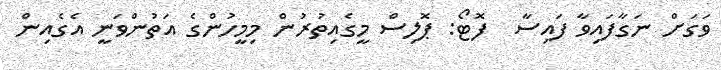
ވަގަށް ނަގާފައިވާ ފައިސާ  ފޮޓޯ: ޕޮލިސް މީގެއިތުރުން މިމީހުންގެ އަތުންވަނީ އެގެއިން